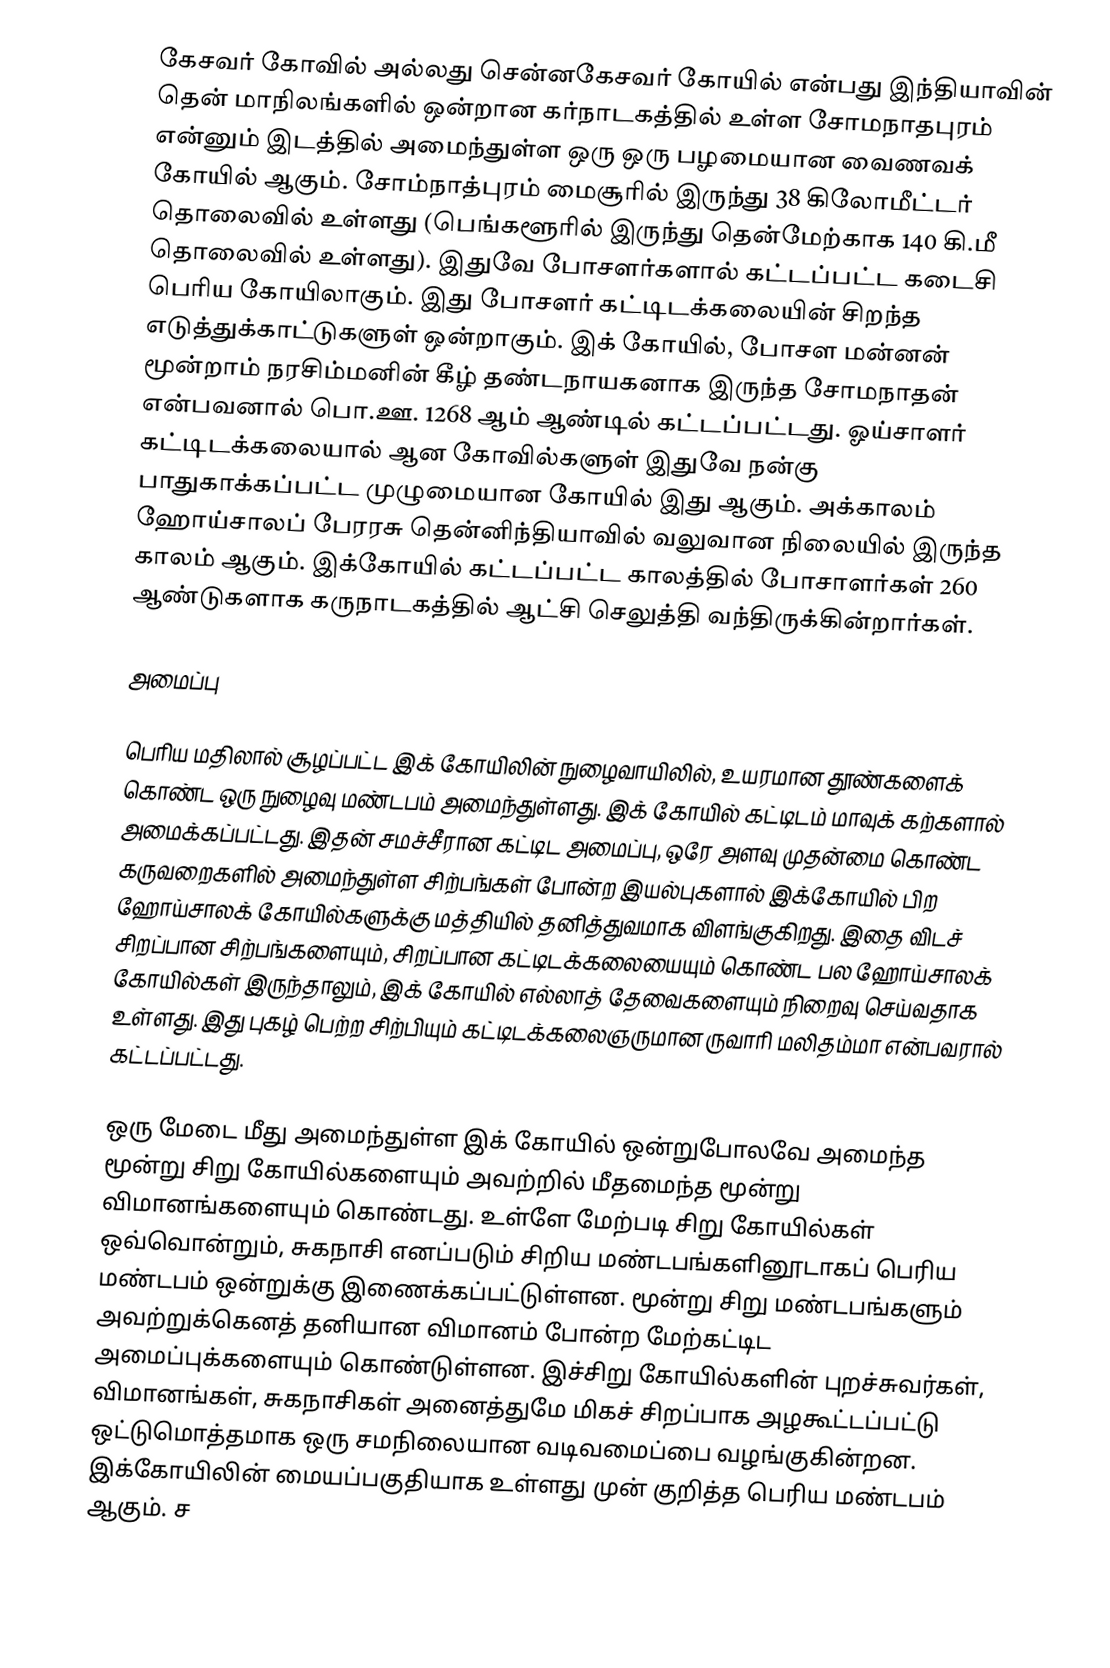
கேசவர் கோவில் அல்லது சென்னகேசவர் கோயில் என்பது இந்தியாவின் தென் மாநிலங்களில் ஒன்றான கர்நாடகத்தில் உள்ள சோமநாதபுரம் என்னும் இடத்தில் அமைந்துள்ள ஒரு ஒரு பழமையான வைணவக் கோயில் ஆகும். சோம்நாத்புரம் மைசூரில் இருந்து 38 கிலோமீட்டர் தொலைவில் உள்ளது (பெங்களூரில் இருந்து தென்மேற்காக 140 கி.மீ தொலைவில் உள்ளது). இதுவே போசளர்களால் கட்டப்பட்ட கடைசி பெரிய கோயிலாகும். இது போசளர் கட்டிடக்கலையின் சிறந்த எடுத்துக்காட்டுகளுள் ஒன்றாகும். இக் கோயில், போசள மன்னன் மூன்றாம் நரசிம்மனின் கீழ் தண்டநாயகனாக இருந்த சோமநாதன் என்பவனால் பொ.ஊ. 1268 ஆம் ஆண்டில் கட்டப்பட்டது. ஓய்சாளர் கட்டிடக்கலையால் ஆன கோவில்களுள் இதுவே நன்கு பாதுகாக்கப்பட்ட முழுமையான கோயில் இது ஆகும். அக்காலம் ஹோய்சாலப் பேரரசு தென்னிந்தியாவில் வலுவான நிலையில் இருந்த காலம் ஆகும். இக்கோயில் கட்டப்பட்ட காலத்தில் போசாளர்கள் 260 ஆண்டுகளாக கருநாடகத்தில் ஆட்சி செலுத்தி வந்திருக்கின்றார்கள்.

அமைப்பு

பெரிய மதிலால் சூழப்பட்ட இக் கோயிலின் நுழைவாயிலில், உயரமான தூண்களைக் கொண்ட ஒரு நுழைவு மண்டபம் அமைந்துள்ளது. இக் கோயில் கட்டிடம் மாவுக் கற்களால் அமைக்கப்பட்டது. இதன் சமச்சீரான கட்டிட அமைப்பு, ஒரே அளவு முதன்மை கொண்ட கருவறைகளில் அமைந்துள்ள சிற்பங்கள் போன்ற இயல்புகளால் இக்கோயில் பிற ஹோய்சாலக் கோயில்களுக்கு மத்தியில் தனித்துவமாக விளங்குகிறது. இதை விடச் சிறப்பான சிற்பங்களையும், சிறப்பான கட்டிடக்கலையையும் கொண்ட பல ஹோய்சாலக் கோயில்கள் இருந்தாலும், இக் கோயில் எல்லாத் தேவைகளையும் நிறைவு செய்வதாக உள்ளது. இது புகழ் பெற்ற சிற்பியும் கட்டிடக்கலைஞருமான ருவாரி மலிதம்மா என்பவரால் கட்டப்பட்டது.

ஒரு மேடை மீது அமைந்துள்ள இக் கோயில் ஒன்றுபோலவே அமைந்த மூன்று சிறு கோயில்களையும் அவற்றில் மீதமைந்த மூன்று விமானங்களையும் கொண்டது. உள்ளே மேற்படி சிறு கோயில்கள் ஒவ்வொன்றும், சுகநாசி  எனப்படும் சிறிய மண்டபங்களினூடாகப் பெரிய மண்டபம் ஒன்றுக்கு இணைக்கப்பட்டுள்ளன. மூன்று சிறு மண்டபங்களும் அவற்றுக்கெனத் தனியான விமானம் போன்ற மேற்கட்டிட அமைப்புக்களையும் கொண்டுள்ளன. இச்சிறு கோயில்களின் புறச்சுவர்கள், விமானங்கள், சுகநாசிகள் அனைத்துமே மிகச் சிறப்பாக அழகூட்டப்பட்டு ஒட்டுமொத்தமாக ஒரு சமநிலையான வடிவமைப்பை வழங்குகின்றன. இக்கோயிலின் மையப்பகுதியாக உள்ளது முன் குறித்த பெரிய மண்டபம் ஆகும். ச